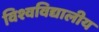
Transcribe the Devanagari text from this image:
विश्वविद्यालीय